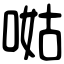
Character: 𠵎